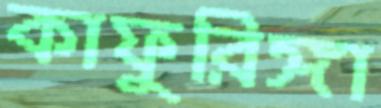
কাফুরিঙ্গা